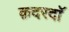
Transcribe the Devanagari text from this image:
क़दरदाॅ